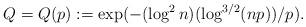
LaTeX: \begin{align*}Q = Q(p) := \exp( - (\log^2 n)(\log^{3/2} (np)) / p ).\end{align*}